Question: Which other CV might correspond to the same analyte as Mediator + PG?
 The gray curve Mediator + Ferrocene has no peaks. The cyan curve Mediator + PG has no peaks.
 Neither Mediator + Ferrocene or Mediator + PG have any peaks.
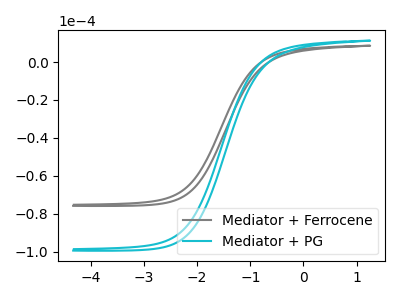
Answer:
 <answer>The CV with the most similar shape to "Mediator + Ferrocene" is "Mediator + PG".</answer>
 <eval>"Mediator + PG"</eval>